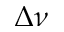
\Delta \nu